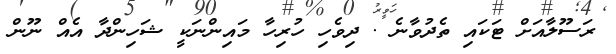
ރަސޫލާއަށް ޓަކައި ތެދުވާނެ . ދިވެހި ހުރިހާ މައިންނަކީ ޝަހިންދާ އެއް ނޫން